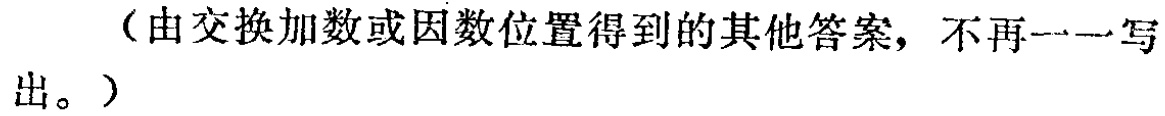
（由交换加数或因数位置得到的其他答案，不再一一写出。）